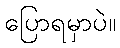
ပြောရမှာပဲ။